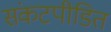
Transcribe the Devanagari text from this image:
संकटपीडित